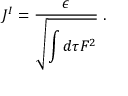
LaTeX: J ^ { I } = { \frac { \epsilon } { \displaystyle \sqrt { \int d \tau F ^ { 2 } } } } \; .